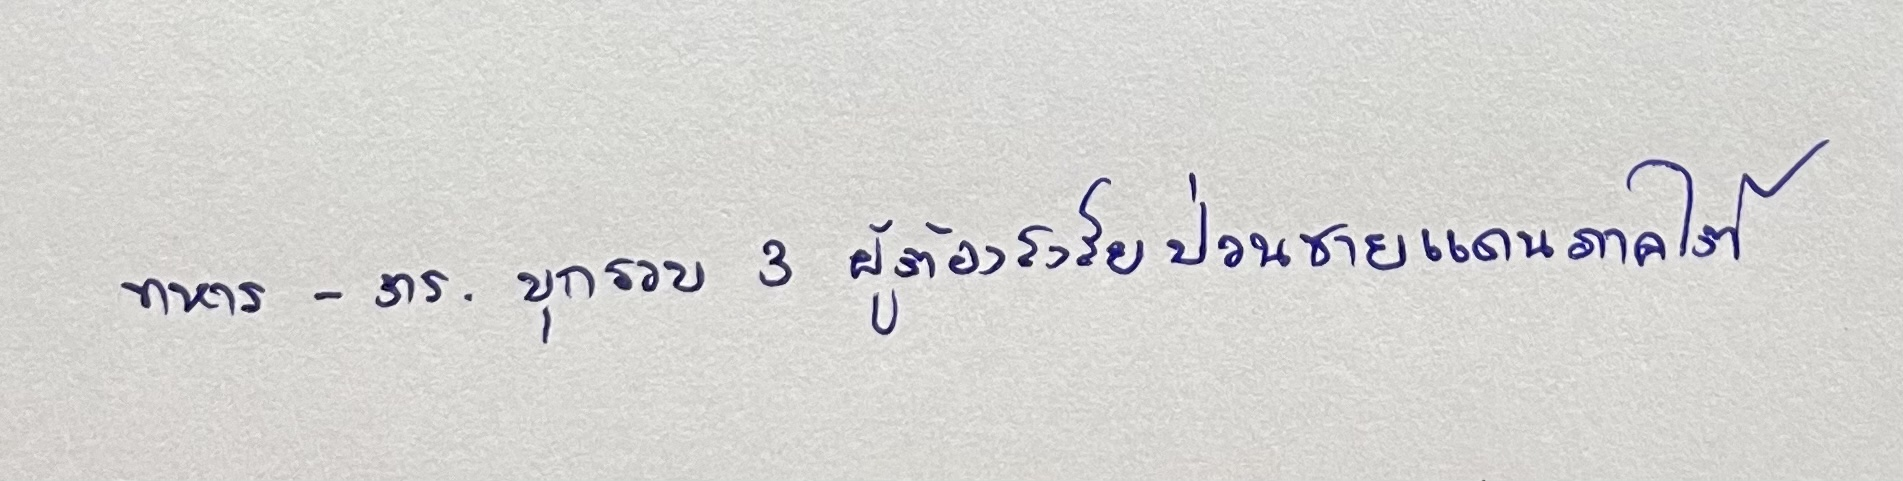
ทหาร-ตร.บุกรวบ3ผู้ต้องสงสัยป่วนชายแดนภาคใต้